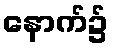
နောက်၌